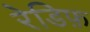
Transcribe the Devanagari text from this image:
रेडिफ़